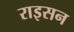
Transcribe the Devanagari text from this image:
राइसन